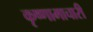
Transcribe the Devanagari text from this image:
कृष्णामाचारी